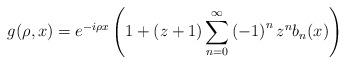
LaTeX: \begin{align*}g(\rho,x)=e^{-i\rho x}\left( 1+\left( z+1\right) \sum_{n=0}^{\infty}\left(-1\right) ^{n}z^{n}b_{n}(x)\right) \end{align*}